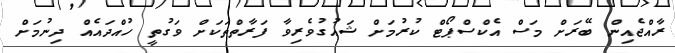
ރާއްޖެއިން ބޭރަށް މަސް އެކްސްޕޯޓް ކުރުމަށް ޝައުގުވެރިވާ ފަރާތްތަކަށް ވަގުތީ ހުއްދައެއް ދިނުމަށް